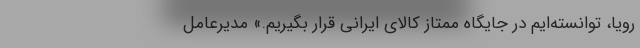
‌رویا، توانسته‌ایم در جایگاه ممتاز کالای ایرانی قرار بگیریم.» مدیرعامل